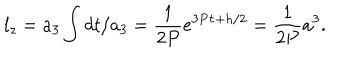
l _ { z } = a _ { 3 } \int d t / a _ { 3 } = \frac { 1 } { 2 P } e ^ { 3 P \tau + h / 2 } = \frac { 1 } { 2 P } a ^ { 3 } .